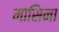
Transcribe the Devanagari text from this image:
मासिना